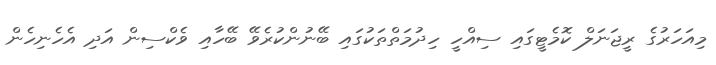
މިއަހަރުގެ ރީޖަނަލް ކޮމެޓީގައި ސިއްހީ ހިދުމަތްތަކުގައި ބޭނުންކުރެވޭ ބޭހާއި ވެކްސިން އަދި އެހެނިހެން